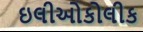
ઇલીઓકોલીક